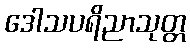
ဒေါသပရိညာသုတ္တ